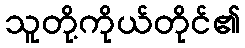
သူတို့ကိုယ်တိုင်၏